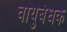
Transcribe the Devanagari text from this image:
वायुबंधक